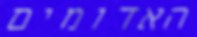
האדומים